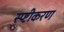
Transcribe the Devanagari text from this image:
स्प्ष्टीकरण